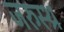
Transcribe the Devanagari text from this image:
जरुस्थ्र